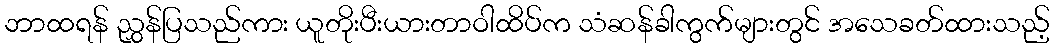
ဘာထရန် ညွှန်ပြသည်ကား ယူတိုးပီးယားတာဝါထိပ်က သံဆန်ခါကွက်များတွင် အသေခတ်ထားသည့်